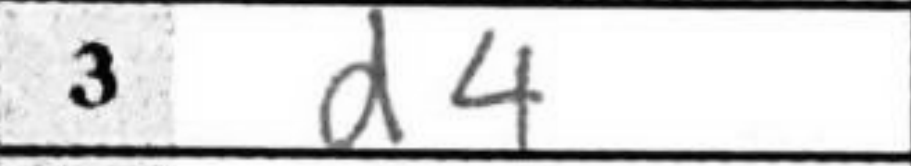
Transcription: d4